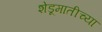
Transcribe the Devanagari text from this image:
शेडूमातीच्या